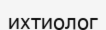
ихтиолог